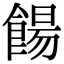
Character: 餳